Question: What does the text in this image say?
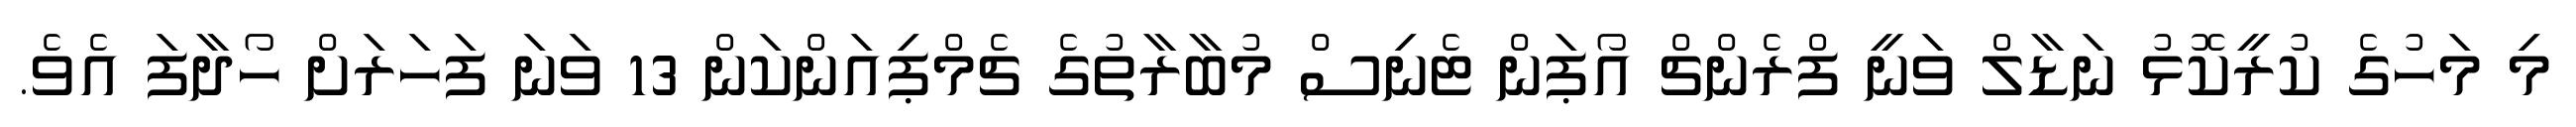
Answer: މި މަހުގެ ކުރީކޮޅު ނަޑާލް ވަނީ ފްރެންޗް އޯޕަން ޓެނިސް މުބާރާތުގެ ޗެމްޕިއަންކަން 13 ވަނަ ފަހަރަށް ހޯދާފަ އެވެ.